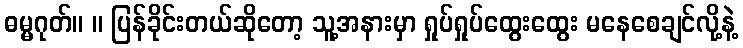
ဓမ္မဂုတ်။ ။ ပြန်ခိုင်းတယ်ဆိုတော့ သူ့အနားမှာ ရှုပ်ရှုပ်ထွေးထွေး မနေစေချင်လို့နဲ့